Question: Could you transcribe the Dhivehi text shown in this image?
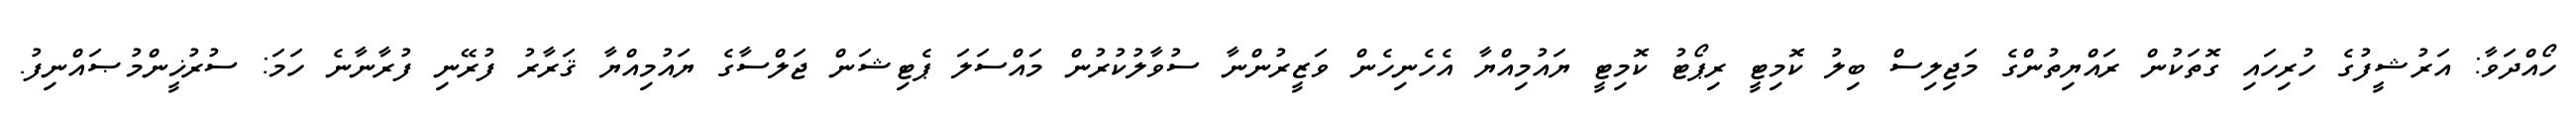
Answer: ހޯއްދަވާ: އަރުޝީފުގެ ހުރިހައި ގޮތަކުން ރައްޔިތުންގެ މަޖިލިސް ބިލު ކޮމިޓީ ރިޕޯޓު ކޮމިޓީ ޔައުމިއްޔާ އެހެނިހެން ވަޒީރުންނާ ސުވާލުކުރުން މައްސަލަ ޕެޓިޝަން ޖަލްސާގެ ޔައުމިއްޔާ ޤަރާރު ފުރޭނި ފުރާނާނެ ހަމަ: ސުރުޚީންމުޞައްނިފު.